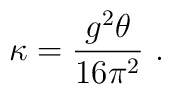
\kappa = {{g^2 \theta}\over {16\pi^2}} \ .